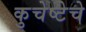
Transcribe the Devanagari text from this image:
कुचेष्टेचे